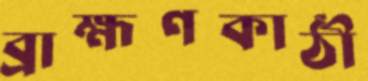
ব্রাহ্মণকাঠী